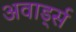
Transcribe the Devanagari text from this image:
अवार्ड्स